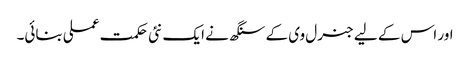
اور اس کے لیے جنرل وی کے سنگھ نے ایک نئی حکمت عملی بنائی۔